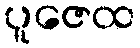
ပူဇေထ